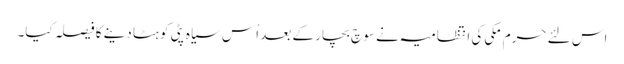
اس لئے حرم مکی کی انتظامیہ نے سو چ بچار کے بعد اُس سیاہ پٹی کو ہٹا دینے کا فیصلہ کیا۔